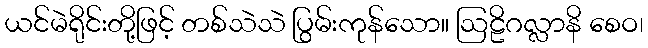
ယင်မဲရိုင်းတို့ဖြင့် တစ်သဲသဲ ပြွမ်းကုန်သော။ ဩဠိဂလ္လာနိ စေဝ၊